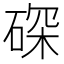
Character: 𱴑